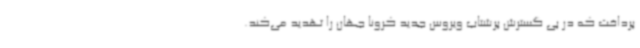
پرداخت که در پی گسترش پرشتاب ویروس جدید کرونا جهان را تهدید می‌کند.